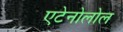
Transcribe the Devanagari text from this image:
एटेनोलोल